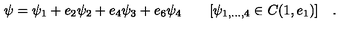
\psi = \psi _ { 1 } + e _ { 2 } \psi _ { 2 } + e _ { 4 } \psi _ { 3 } + e _ { 6 } \psi _ { 4 } \quad \quad [ \psi _ { 1 , . . . , 4 } \in C ( 1 , e _ { 1 } ) ] \quad .